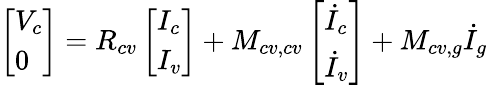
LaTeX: \left[\begin{array}{l}{V_{c}}\\ {0}\end{array}\right]=R_{cv}\left[\begin{array}{l}{I_{c}}\\ {I_{v}}\end{array}\right]+M_{cv,cv}\left[\begin{array}{l}{\dot{I}_{c}}\\ {\dot{I}_{v}}\end{array}\right]+M_{cv,g}\dot{I}_{g}